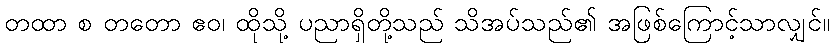
တထာ စ တတော ဧဝ၊ ထိုသို့ ပညာရှိတို့သည် သိအပ်သည်၏ အဖြစ်ကြောင့်သာလျှင်။